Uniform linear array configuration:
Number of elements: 24
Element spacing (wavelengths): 1
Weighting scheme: exponential
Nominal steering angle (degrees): -45
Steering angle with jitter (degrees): -45.712
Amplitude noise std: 0.05
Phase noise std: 0.05

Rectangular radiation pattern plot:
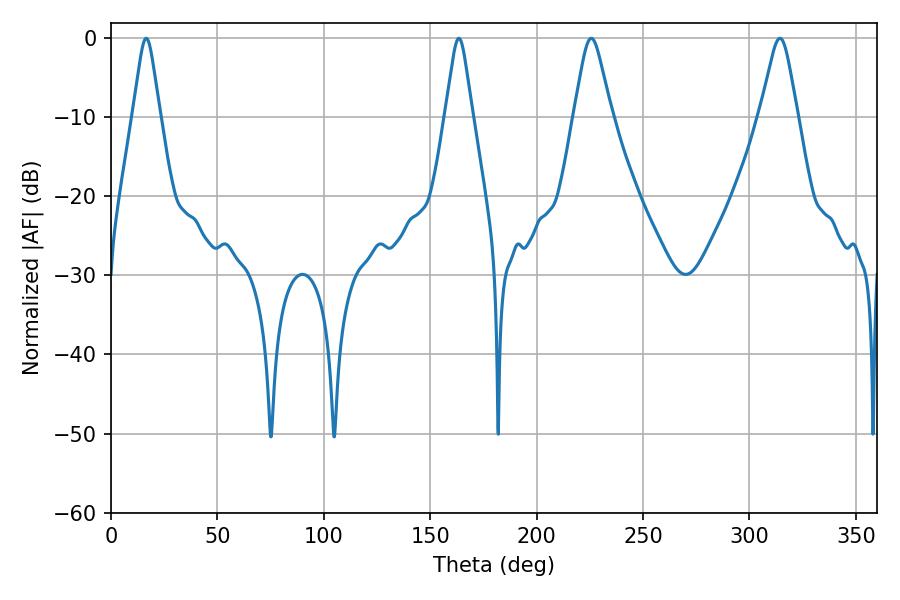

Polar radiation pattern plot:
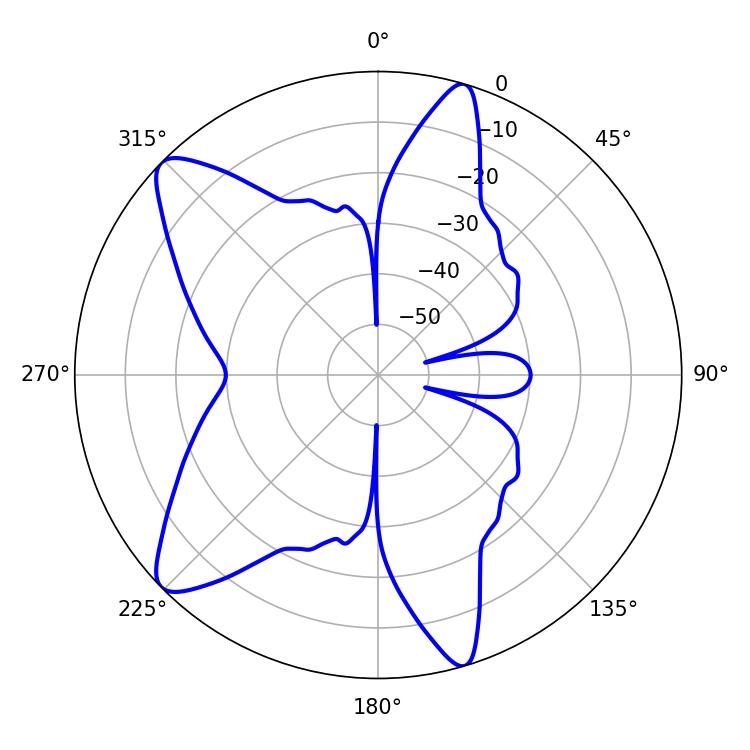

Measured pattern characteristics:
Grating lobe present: TRUE
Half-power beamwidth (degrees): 6.12
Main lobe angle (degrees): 16.56